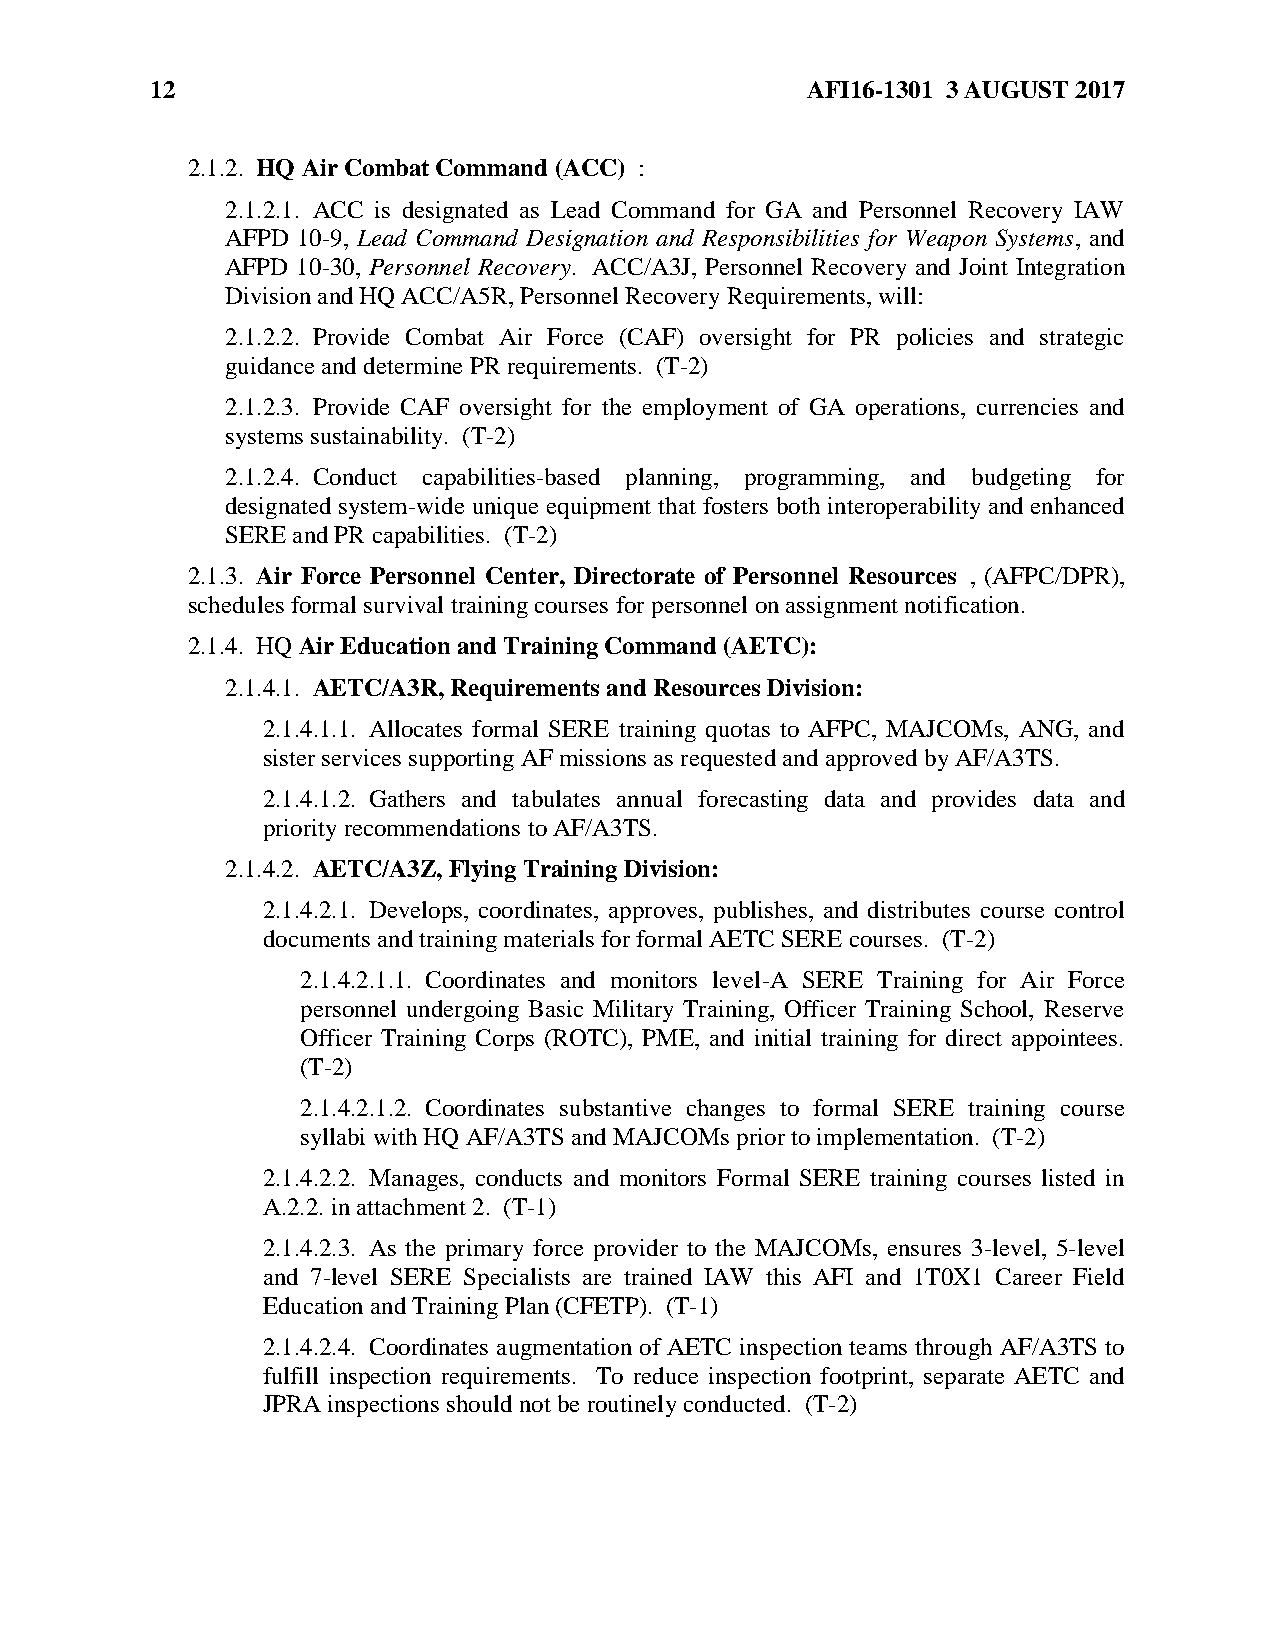
12                                         AFI16-1301 3 AUGUST 2017
 2.1.2. HQ Air Combat Command (ACC) :
 2.1.2.1. ACC is designated as Lead Command for GA and Personnel Recovery IAW
 AFPD 10-9, Lead Command Designation and Responsibilities for Weapon Systems, and
 AFPD 10-30, Personnel Recovery. ACC/A3J, Personnel Recovery and Joint Integration
 Division and HQ ACC/A5R, Personnel Recovery Requirements, will:
 2.1.2.2. Provide Combat Air Force (CAF) oversight for PR policies and strategic
 guidance and determine PR requirements. (T-2)
 2.1.2.3. Provide CAF oversight for the employment of GA operations, currencies and
 systems sustainability. (T-2)
 2.1.2.4. Conduct capabilities-based planning, programming, and budgeting for
 designated system-wide unique equipment that fosters both interoperability and enhanced
 SERE and PR capabilities. (T-2)
 2.1.3. Air Force Personnel Center, Directorate of Personnel Resources , (AFPC/DPR),
 schedules formal survival training courses for personnel on assignment notification.
 2.1.4. HQ Air Education and Training Command (AETC):
 2.1.4.1. AETC/A3R, Requirements and Resources Division:
 2.1.4.1.1. Allocates formal SERE training quotas to AFPC, MAJCOMs, ANG, and
 sister services supporting AF missions as requested and approved by AF/A3TS.
 2.1.4.1.2. Gathers and tabulates annual forecasting data and provides data and
 priority recommendations to AF/A3TS.
 2.1.4.2. AETC/A3Z, Flying Training Division:
 2.1.4.2.1. Develops, coordinates, approves, publishes, and distributes course control
 documents and training materials for formal AETC SERE courses. (T-2)
 2.1.4.2.1.1. Coordinates and monitors level-A SERE Training for Air Force
 personnel undergoing Basic Military Training, Officer Training School, Reserve
 Officer Training Corps (ROTC), PME, and initial training for direct appointees.
 (T-2)
 2.1.4.2.1.2. Coordinates substantive changes to formal SERE training course
 syllabi with HQ AF/A3TS and MAJCOMs prior to implementation. (T-2)
 2.1.4.2.2. Manages, conducts and monitors Formal SERE training courses listed in
 A.2.2. in attachment 2. (T-1)
 2.1.4.2.3. As the primary force provider to the MAJCOMs, ensures 3-level, 5-level
 and 7-level SERE Specialists are trained IAW this AFI and 1T0X1 Career Field
 Education and Training Plan (CFETP). (T-1)
 2.1.4.2.4. Coordinates augmentation of AETC inspection teams through AF/A3TS to
 fulfill inspection requirements. To reduce inspection footprint, separate AETC and
 JPRA inspections should not be routinely conducted. (T-2)